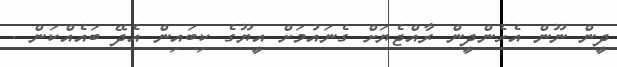
ދީން ނޫން އެހެންދީން ރާއްޖެޔަށް ގެނައުމަށް އީޔޫގެ ކިބައިން އެދޭ ބައެއްކަން .